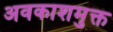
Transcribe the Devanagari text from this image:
अवकाशमुक्त